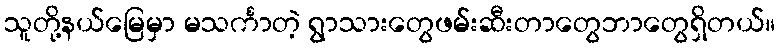
သူတို့နယ်မြေမှာ မသင်္ကာတဲ့ ရွာသားတွေဖမ်းဆီးတာတွေဘာတွေရှိတယ်။